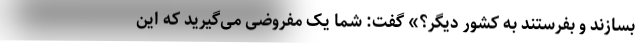
بسازند و بفرستند به کشور دیگر؟» گفت: شما یک مفروضی می‌گیرید که این